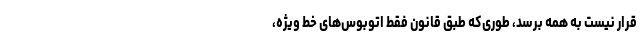
قرار نیست به همه برسد، طوری‌که طبق قانون فقط اتوبوس‌های خط ویژه،